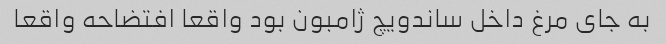
به جای مرغ داخل ساندویچ ژامبون بود واقعا افتضاحه واقعا